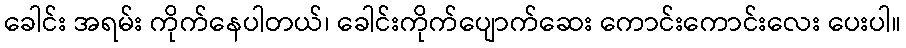
ခေါင်း အရမ်း ကိုက်နေပါတယ်၊ ခေါင်းကိုက်ပျောက်ဆေး ကောင်းကောင်းလေး ပေးပါ။